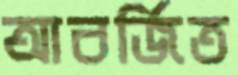
আবর্জিত